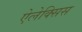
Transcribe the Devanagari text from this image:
ऐलेक्‍सिस